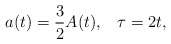
\begin{align*}a(t) = \frac{3}{2} A(t), \; \; \;\tau = 2 t,\end{align*}